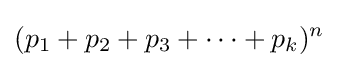
(p_{1}+p_{2}+p_{3}+\cdots +p_{k})^{n}